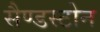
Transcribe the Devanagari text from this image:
सैण्डस्टोन